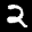
Label: 2